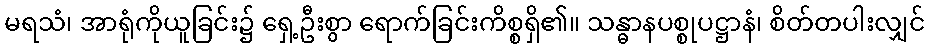
မရသံ၊ အာရုံကိုယူခြင်း၌ ရှေ့ဦးစွာ ရောက်ခြင်းကိစ္စရှိ၏။ သန္ဓာနပစ္စုပဋ္ဌာနံ၊ စိတ်တပါးလျှင်